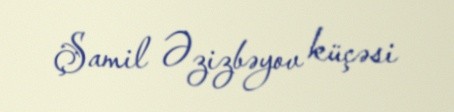
Şamil Əzizbəyov küçəsi